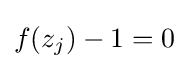
f(z_{j})-1=0